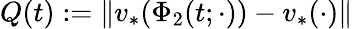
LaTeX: Q(t):=\| v_{*}(\Phi_{2}(t;\cdot))-v_{*}(\cdot)\|